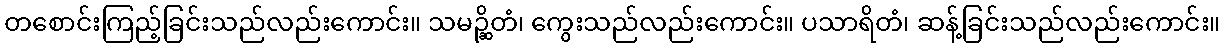
တစောင်းကြည့်ခြင်းသည်လည်းကောင်း။ သမဉ္ဆိတံ၊ ကွေးသည်လည်းကောင်း။ ပသာရိတံ၊ ဆန့်ခြင်းသည်လည်းကောင်း။